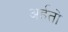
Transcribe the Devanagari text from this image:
अर्हतो